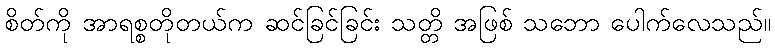
စိတ်ကို အာရစ္စတိုတယ်က ဆင်ခြင်ခြင်း သတ္တိ အဖြစ် သဘော ပေါက်လေသည်။